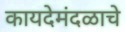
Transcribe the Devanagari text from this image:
कायदेमंदळाचे